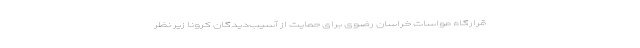
قرارگاه مواسات خراسان رضوی برای حمایت از آسیب‌دیدگان کرونا زیر نظر